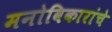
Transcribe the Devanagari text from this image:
मनोविकारांचे